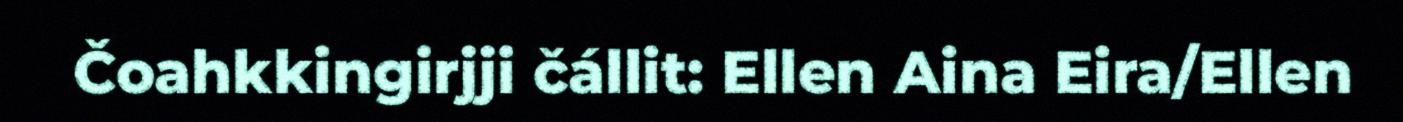
Čoahkkingirjji čállit: Ellen Aina Eira/Ellen